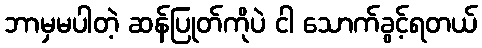
ဘာမှမပါတဲ့ ဆန်ပြုတ်ကိုပဲ ငါ သောက်ခွင့်ရတယ်